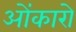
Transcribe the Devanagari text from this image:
ओंकारो